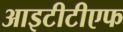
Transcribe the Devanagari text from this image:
आइटीटीएफ